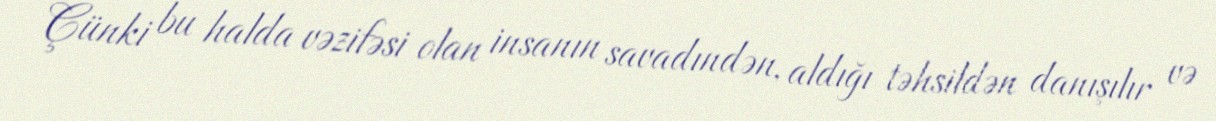
Çünki bu halda vəzifəsi olan insanın savadındən, aldığı təhsildən danışılır və